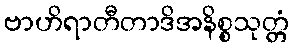
ဗာဟိရာတီတာဒိအနိစ္စသုတ္တံ